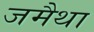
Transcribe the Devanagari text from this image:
जमैथा